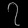
Digit: ၇